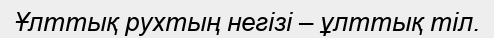
Ұлттық рухтың негiзi – ұлттық тiл.